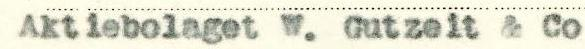
Aktiebolaget W. Gutzeit & Co